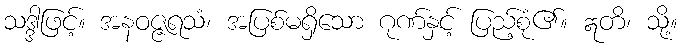
သဒ္ဒါဖြင့်။ အနဝဇ္ဇရသံ၊ အပြစ်မရှိသော ဂုဏ်နှင့် ပြည့်စုံ၏။ ဣတိ၊ သို့။